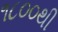
૧૮૦૦થી